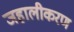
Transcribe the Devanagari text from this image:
जहालीकरण